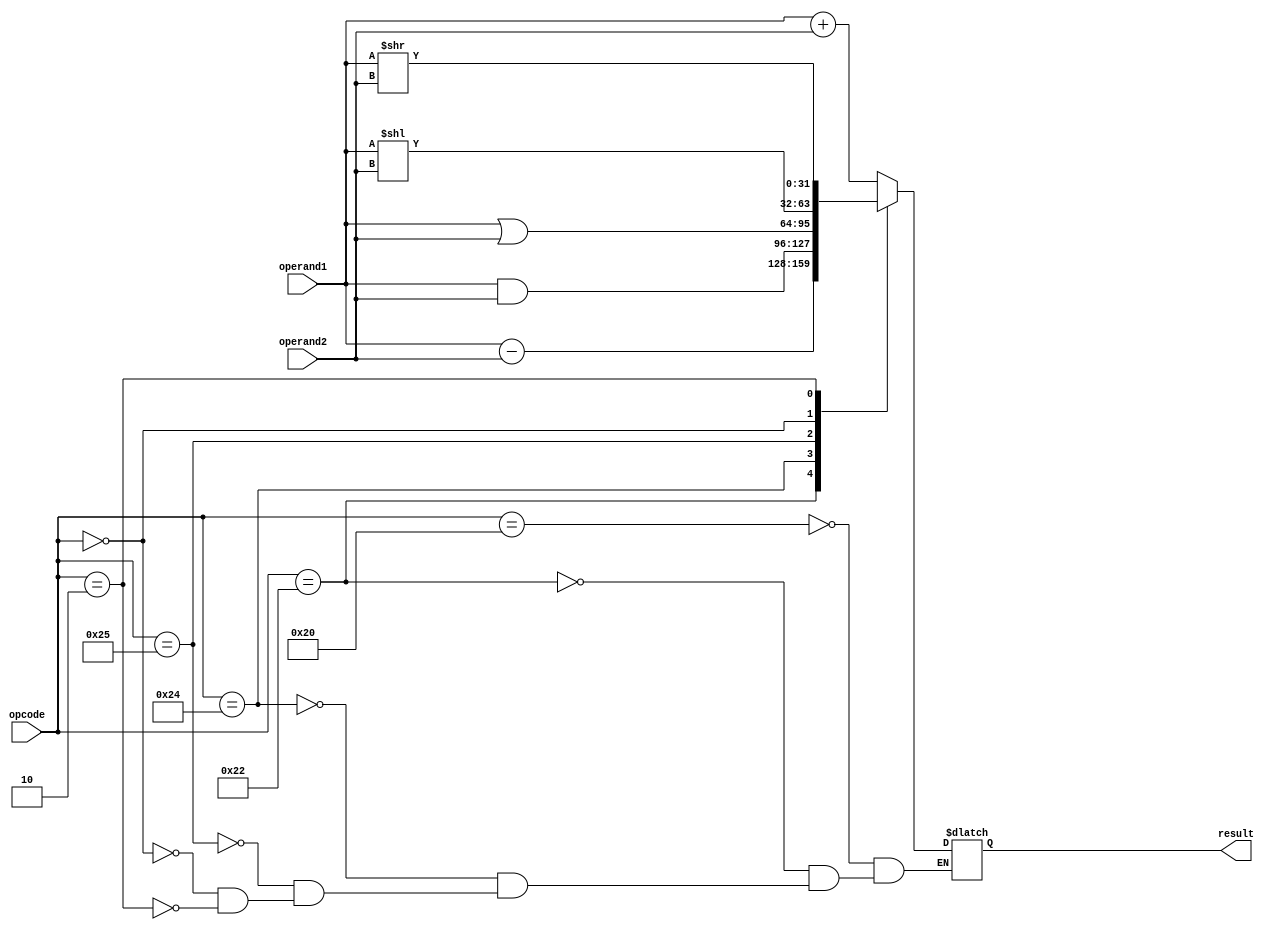
/* Author: Santosh Srivatsan	2017A8PS1924G */
/* SUB-MODULE : ALU */

module alu(
	input signed [31:0] operand1,
	input signed [31:0] operand2,
	/* opcode is actually 'function' in the instruction's opcode */
	input [5:0] opcode,
	output signed [31:0] result
	);

	/* Creating a temporary register for result */
	reg [31:0] reg_result;
	assign result = reg_result;

	always @(operand1 or operand2 or opcode)
	begin
		case(opcode)
			6'b100000 : reg_result = operand1 + operand2;
			6'b100010 : reg_result = operand1 - operand2;
			6'b100100 : reg_result = operand1 & operand2;
			6'b100101 : reg_result = operand1 | operand2;
			6'b000000 : reg_result = operand1 << operand2;
			6'b000010 : reg_result = operand1 >> operand2;
		endcase
	end
endmodule

/*******************************************************************************************************************************************************************/

/* Testbench */

module tb_alu;
	reg signed [31:0] tb_operand1;
	reg signed [31:0] tb_operand2;
	reg [5:0] tb_opcode;
	wire signed [31:0] tb_result;

	/* Instantiating the alu module */
	alu ALU(.operand1(tb_operand1), .operand2(tb_operand2), .opcode(tb_opcode), .result(tb_result));

	initial #100 $finish;

	initial
	begin
		#0  tb_operand1 = 32'h0a ; tb_operand2 = 32'h05 ; tb_opcode = 6'b100000; 
		#10 tb_operand1 = 32'h0a ; tb_operand2 = 32'h1a ; tb_opcode = 6'b100010; 
		#10 tb_operand1 = 32'h0a ; tb_operand2 = 32'h05 ; tb_opcode = 6'b100100; 
		#10 tb_operand1 = 32'h0a ; tb_operand2 = 32'h05 ; tb_opcode = 6'b100101;		 
		#10 tb_operand1 = 32'h0a ; tb_operand2 = 32'h06 ; tb_opcode = 6'b000000;
		#10 tb_operand1 = 32'h0a ; tb_operand2 = 32'h05 ; tb_opcode = 6'b000010;
	end
endmodule 

/*******************************************************************************************************************************************************************/